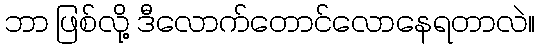
ဘာ ဖြစ်လို့ ဒီလောက်တောင်လောနေရတာလဲ။